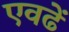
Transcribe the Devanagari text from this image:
एवढें